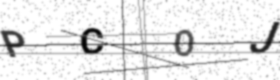
Text: PCOJ